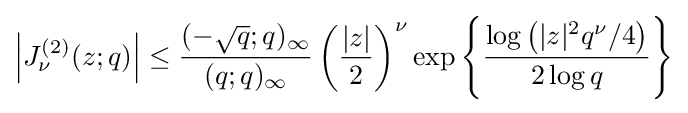
\left|J_{\nu }^{(2)}(z;q)\right|\leq {\frac {(-{\sqrt {q}};q)_{\infty }}{(q;q)_{\infty }}}\left({\frac {|z|}{2}}\right)^{\nu }\exp \left\{{\frac {\log \left(|z|^{2}q^{\nu }/4\right)}{2\log q}}\right\}